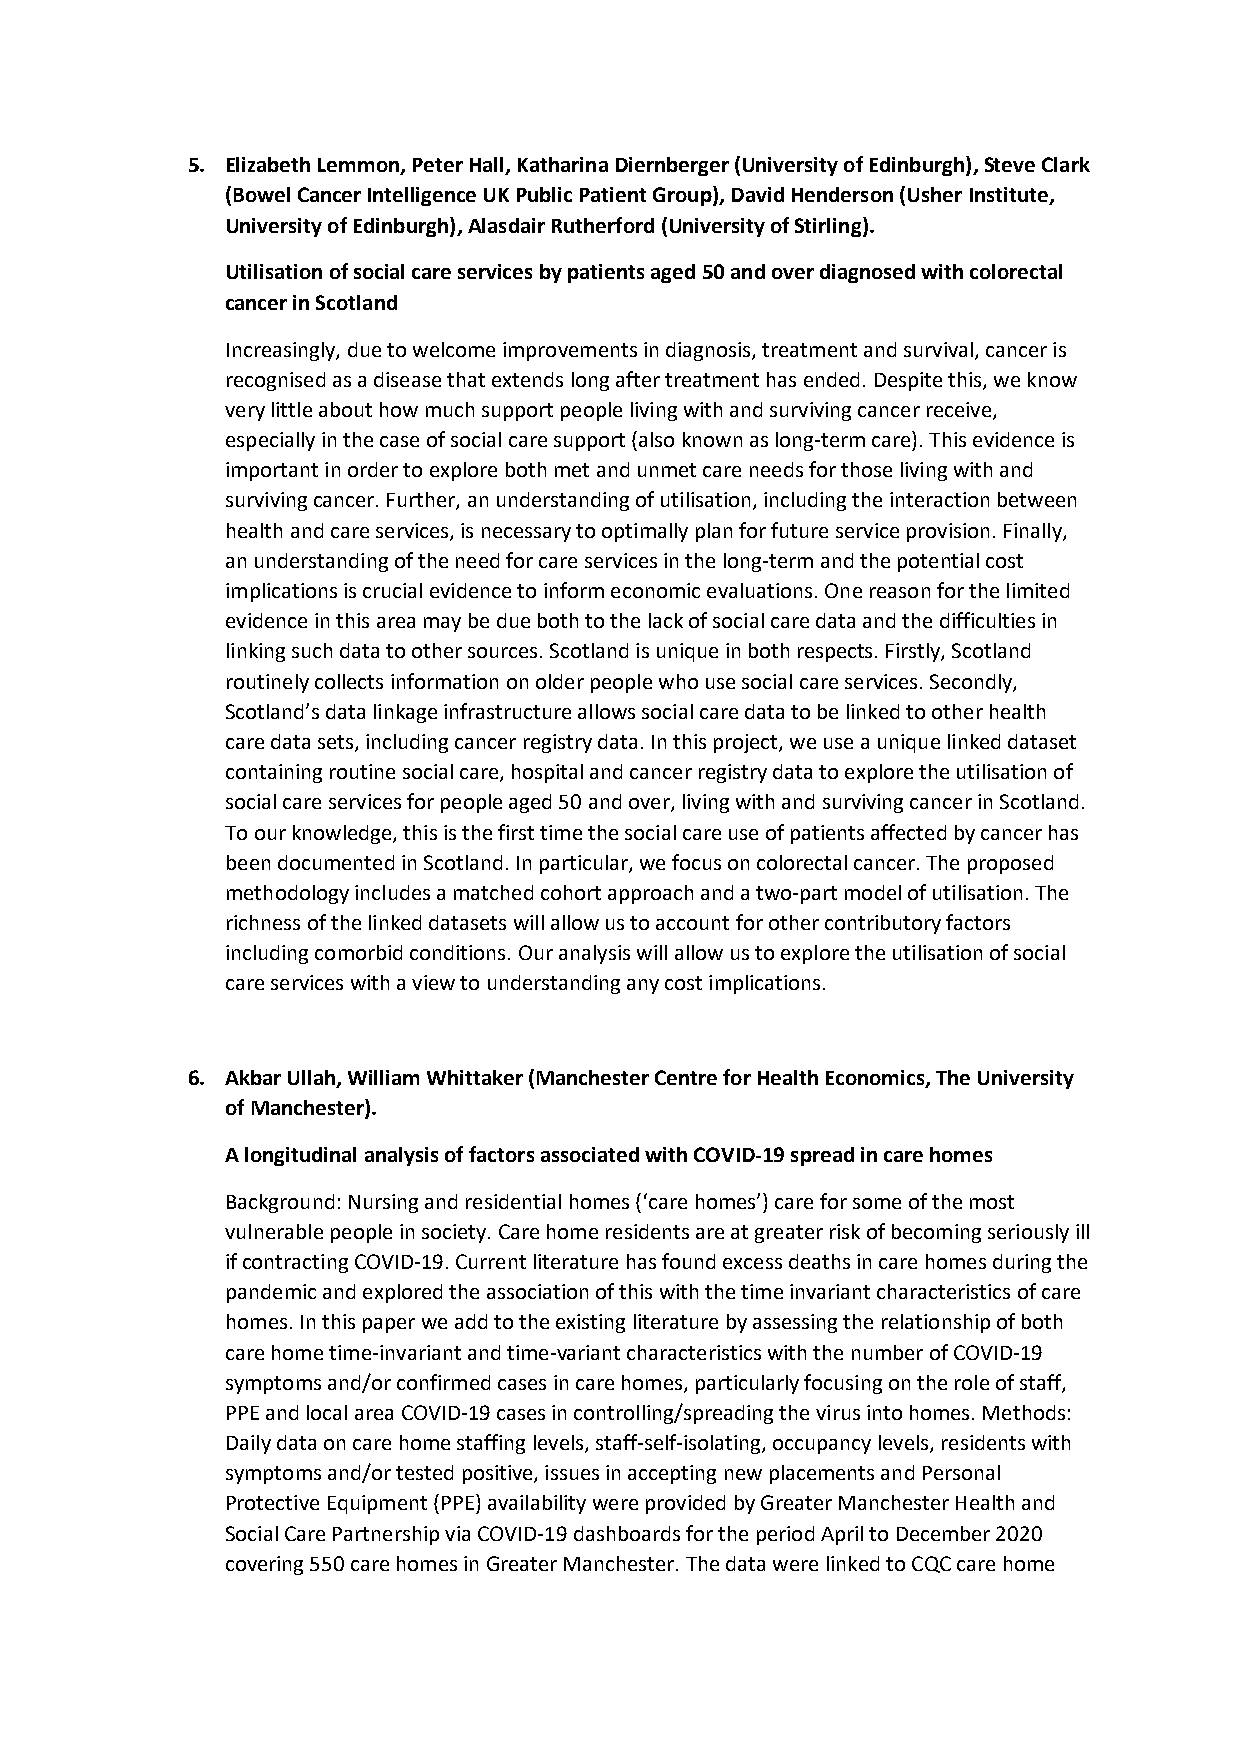
5. Elizabeth Lemmon, Peter Hall, Katharina Diernberger (University of Edinburgh), Steve Clark
 (Bowel Cancer Intelligence UK Public Patient Group), David Henderson (Usher Institute,
 University of Edinburgh), Alasdair Rutherford (University of Stirling).
 Utilisation of social care services by patients aged 50 and over diagnosed with colorectal
 cancer in Scotland
 Increasingly, due to welcome improvements in diagnosis, treatment and survival, cancer is
 recognised as a disease that extends long after treatment has ended. Despite this, we know
 very little about how much support people living with and surviving cancer receive,
 especially in the case of social care support (also known as long-term care). This evidence is
 important in order to explore both met and unmet care needs for those living with and
 surviving cancer. Further, an understanding of utilisation, including the interaction between
 health and care services, is necessary to optimally plan for future service provision. Finally,
 an understanding of the need for care services in the long-term and the potential cost
 implications is crucial evidence to inform economic evaluations. One reason for the limited
 evidence in this area may be due both to the lack of social care data and the difficulties in
 linking such data to other sources. Scotland is unique in both respects. Firstly, Scotland
 routinely collects information on older people who use social care services. Secondly,
 Scotland’s data linkage infrastructure allows social care data to be linked to other health
 care data sets, including cancer registry data. In this project, we use a unique linked dataset
 containing routine social care, hospital and cancer registry data to explore the utilisation of
 social care services for people aged 50 and over, living with and surviving cancer in Scotland.
 To our knowledge, this is the first time the social care use of patients affected by cancer has
 been documented in Scotland. In particular, we focus on colorectal cancer. The proposed
 methodology includes a matched cohort approach and a two-part model of utilisation. The
 richness of the linked datasets will allow us to account for other contributory factors
 including comorbid conditions. Our analysis will allow us to explore the utilisation of social
 care services with a view to understanding any cost implications.
 6. Akbar Ullah, William Whittaker (Manchester Centre for Health Economics, The University
 of Manchester).
 A longitudinal analysis of factors associated with COVID-19 spread in care homes
 Background: Nursing and residential homes (‘care homes’) care for some of the most
 vulnerable people in society. Care home residents are at greater risk of becoming seriously ill
 if contracting COVID-19. Current literature has found excess deaths in care homes during the
 pandemic and explored the association of this with the time invariant characteristics of care
 homes. In this paper we add to the existing literature by assessing the relationship of both
 care home time-invariant and time-variant characteristics with the number of COVID-19
 symptoms and/or confirmed cases in care homes, particularly focusing on the role of staff,
 PPE and local area COVID-19 cases in controlling/spreading the virus into homes. Methods:
 Daily data on care home staffing levels, staff-self-isolating, occupancy levels, residents with
 symptoms and/or tested positive, issues in accepting new placements and Personal
 Protective Equipment (PPE) availability were provided by Greater Manchester Health and
 Social Care Partnership via COVID-19 dashboards for the period April to December 2020
 covering 550 care homes in Greater Manchester. The data were linked to CQC care home